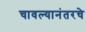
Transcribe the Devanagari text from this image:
चावल्यानंतरचे